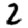
Digit: 2